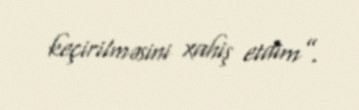
keçirilməsini xahiş etdim”.